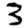
Digit: 3